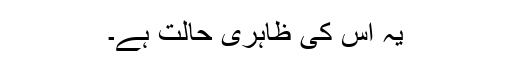
یہ اس کی ظاہری حالت ہے۔